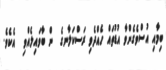
ބިމާއި އުސްވެގެންވާ އުޑުތައް ހެއްދެވި ރަސްކަލާނގެ  ން ބާވައިލެއްވި  އެކެވެ.